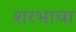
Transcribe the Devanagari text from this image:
शरभाचा